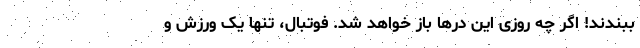
ببندند! اگر چه روزی این درها باز خواهد شد. فوتبال، تنها یک ورزش و